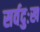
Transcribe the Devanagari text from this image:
सर्वदुःख